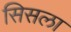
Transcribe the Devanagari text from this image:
सिसला